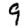
Digit: 9